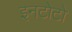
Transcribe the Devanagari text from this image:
इनटोटो